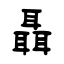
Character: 聶